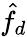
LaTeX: \hat{f}_{d}